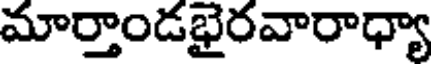
మార్తాండభైరవారాధ్యా